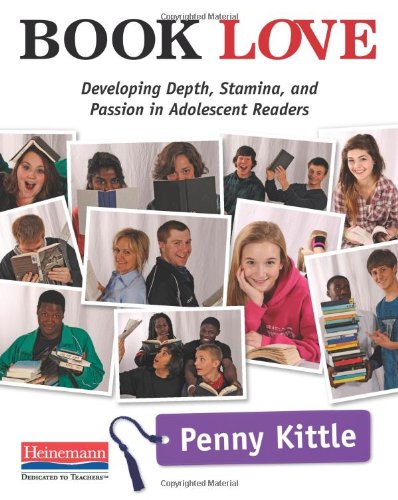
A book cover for Book Love: Developing Depth, Stamina, and Passion in Adolescent Readers; Penny Kittle; Education & Teaching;